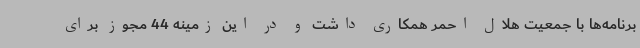
برنامه‌ها با جمعیت هلال احمر همکاری داشت و در این زمینه 44 مجوز برای